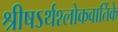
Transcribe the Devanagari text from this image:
श्रीषऽर्थश्लोकवार्तिके